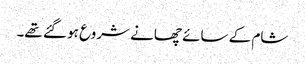
شام کے سائے چھانے شروع ہو گئے تھے۔